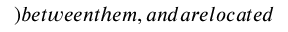
) b e t w e e n t h e m , a n d a r e l o c a t e d